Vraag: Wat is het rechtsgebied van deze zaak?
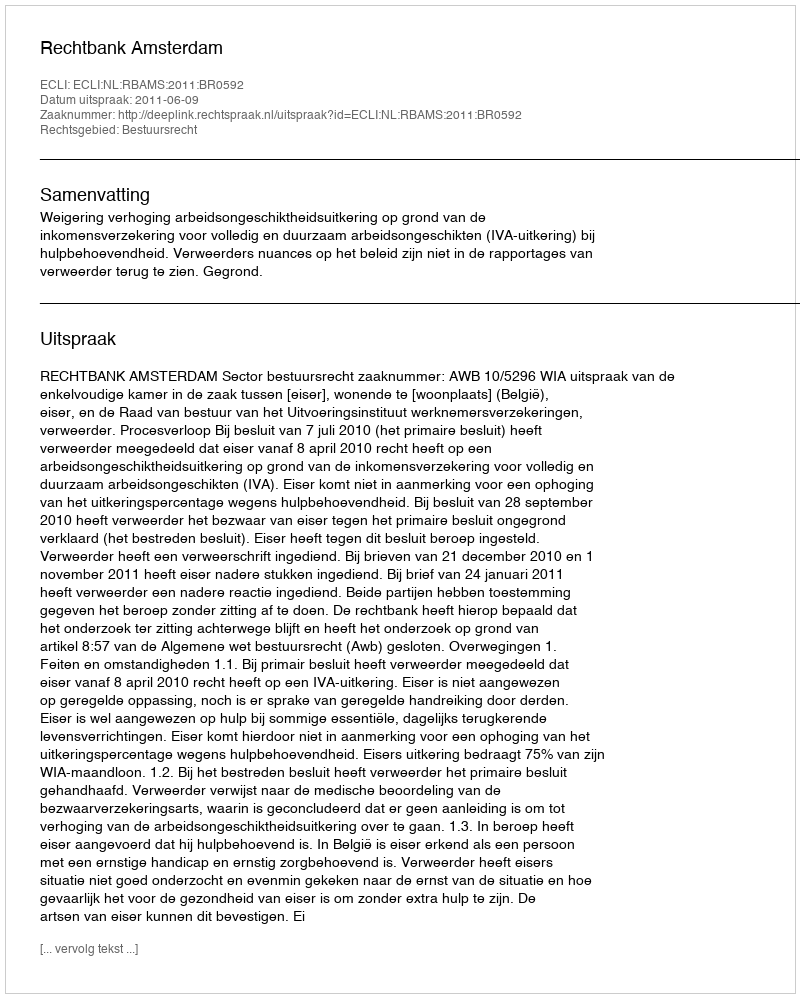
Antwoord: Bestuursrecht